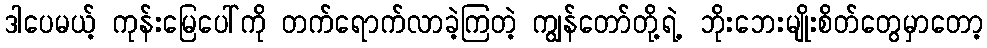
ဒါပေမယ့် ကုန်းမြေပေါ်ကို တက်ရောက်လာခဲ့ကြတဲ့ ကျွန်တော်တို့ရဲ့ ဘိုးဘေးမျိုးစိတ်တွေမှာတော့